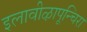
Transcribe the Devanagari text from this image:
इलावीऴापून्चिरा